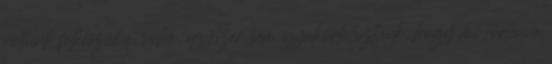
voltunk felkészülve, soha, egyszer sem gyakorlatoztunk, hogy mi történne